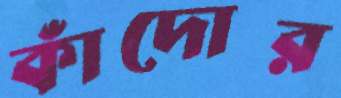
কাঁদোর